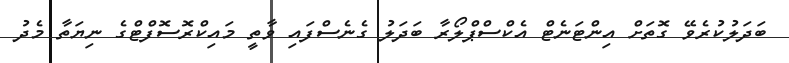
ބަދަލުކުރެވޭ ގޮތަށް އިންޓަނެޓް އެކްސްޕްލޯރާ ބަދަލު ގެނެސްފައި ވާތީ މައިކްރޮސޮފްޓްގެ ނިޔަތާ މެދު